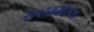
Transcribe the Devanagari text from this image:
२००१अखेरच्या